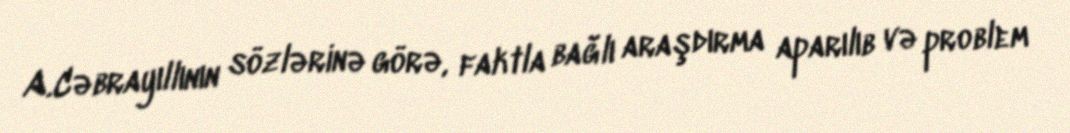
A.Cəbrayıllının sözlərinə görə, faktla bağlı araşdırma aparılıb və problem